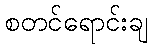
စတင်ရောင်းချ